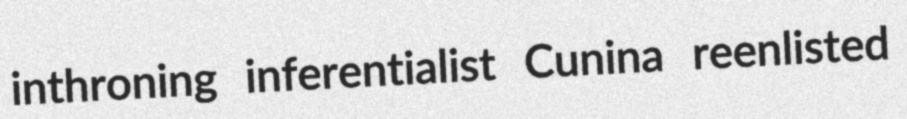
inthroning inferentialist Cunina reenlisted